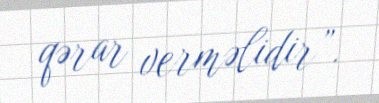
qərar verməlidir”.